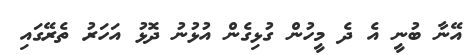
އޭނާ ބުނީ އެ ދެ މީހުން ގުޅިގެން އުޅުނު ދޮޅު އަހަރު ތެރޭގައި